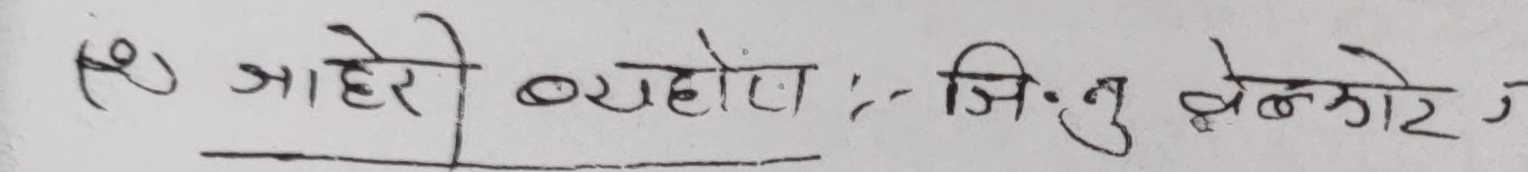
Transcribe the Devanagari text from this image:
(१) जाहेरी ब्यहोरा :- जि.तु बेल्कोटे